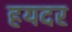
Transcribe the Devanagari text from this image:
हयदर